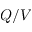
Q / V